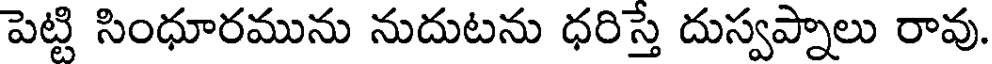
పెట్టి సింధూరమును నుదుటను ధరిస్తే దుస్వప్నాలు రావు.